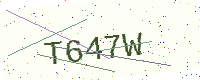
Text: T647W